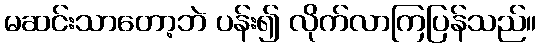
မဆင်းသာတော့ဘဲ ပန်း၍ လိုက်လာကြပြန်သည်။